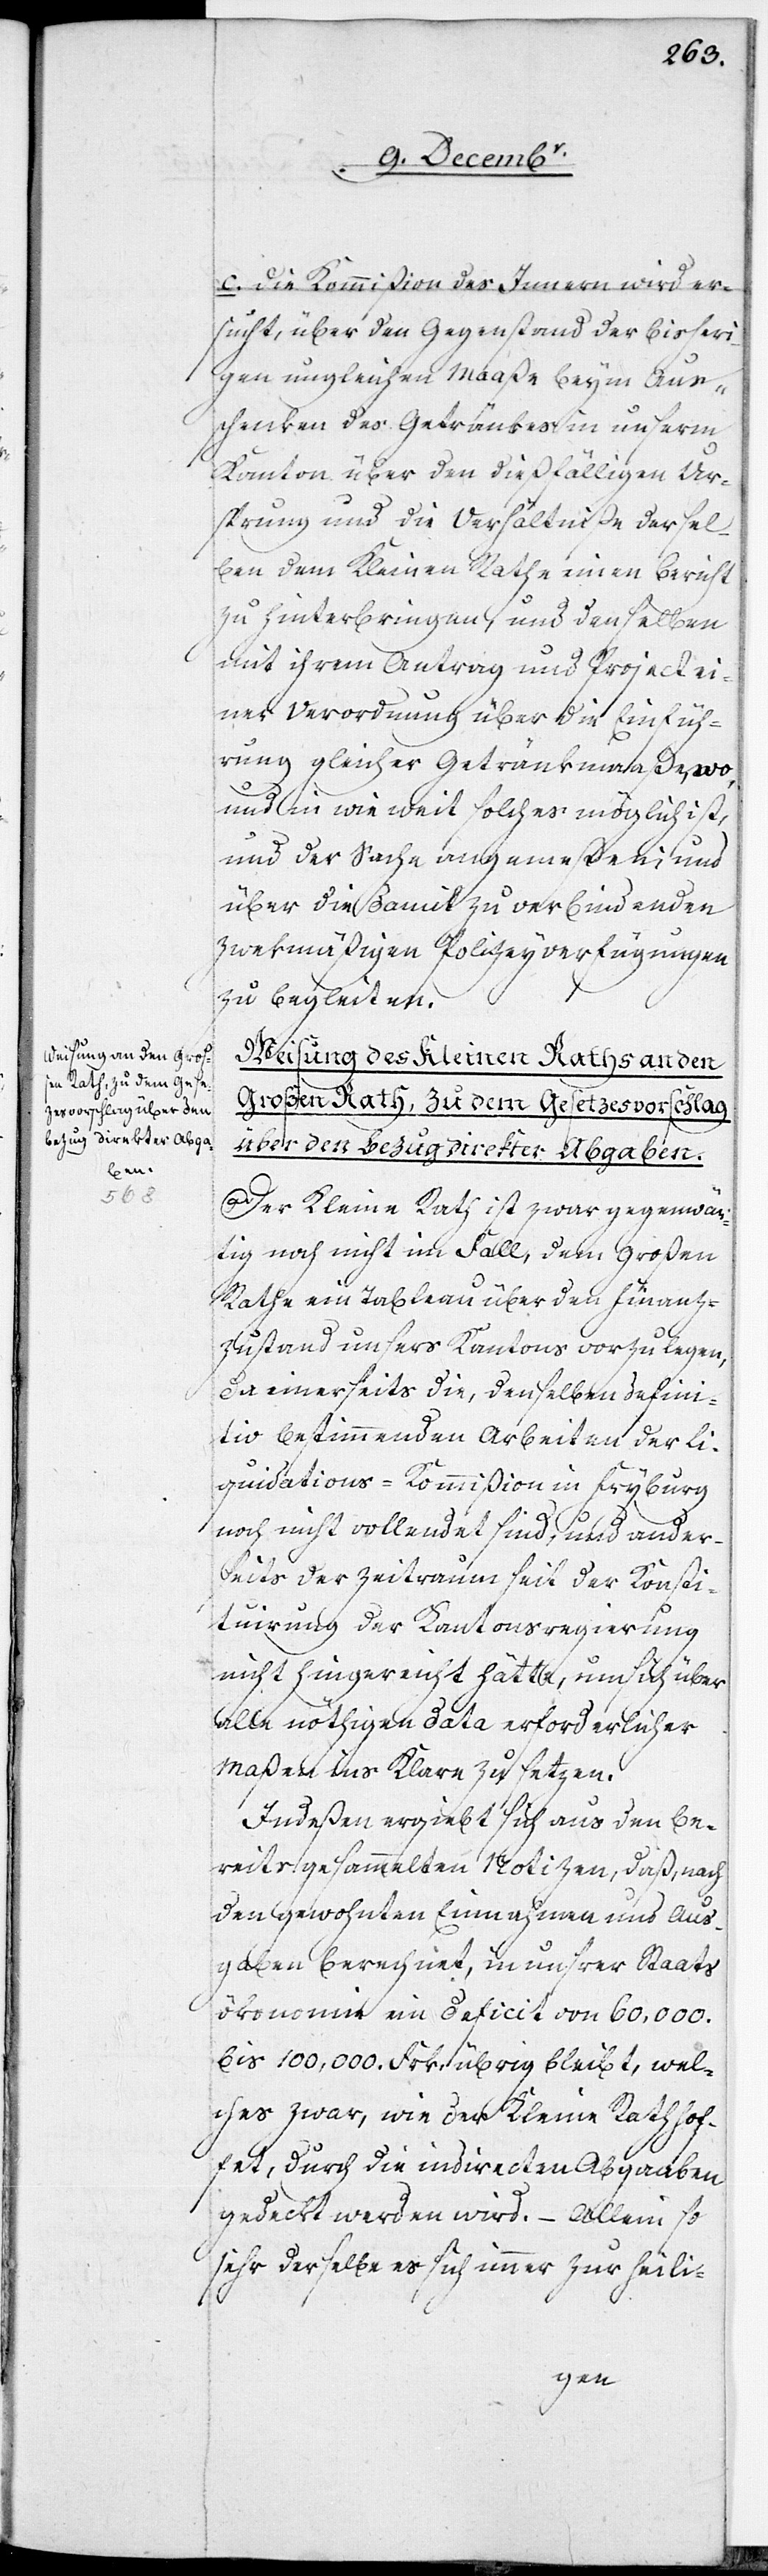
ßen Rath, zu dem Geset¬
zesvorschlag über den
Bezug direkter Abga¬
ben.

c. Die Kommißion des Innern wird er¬
sucht, über den Gegenstand der bisheri¬
gen ungleichen Maaße beym Aus¬
schenken des Getränkes in unserm
Kanton über den dießfälligen Ur¬
sprung und die Verhältniße dersel¬
ben dem Kleinen Rathe einen Bericht
zu hinterbringen, und denselben
mit ihrem Antrag und Project ei¬
ner Verordnung über die Einfüh¬
rung gleicher Gentränkmaaße, wo,
und in wie weit solches möglich ist,
und der Sache angemeßen; und
über die damit zu verbindenden
zwekmäßigen Polizeyverfügungen
zu begleiten.
Weisung des Kleinen Raths an den
Der Kleine Rath ist zwar gegenwär¬
tig noch nicht im Fall, dem Großen
Rathe ein Tableau über den Finanz-Z¬
ustand unsers Kantons vorzulegen,
da einerseits die, denselben defini¬
tiv bestimmenden Arbeiten der Li¬
quidations-Kommißion in Fryburg
noch nicht vollendet sind, und ander¬
seits der Zeitraum seit der Konsti¬
tuirung der Kantonsregierung
nicht hingereicht hätte, um sich über
alle nöthigen Data erforderlicher
Maßen ins Klare zu setzen.
Indeßen ergiebt sich aus den be¬
reits gesammelten Notizen, daß, nach
den gewohnten Einnahmen und Aus¬
gaben berechnet, in unsrer Staats¬
ökonomie ein Deficit von 60,000.
bis 100,000. Frk. übrig bleibt, wel¬
ches zwar, wie der Kleine Rath hof¬
fet, durch die indirecten Abgaaben
gedeckt werden wird. – Allein so
sehr derselbe es sich immer zur heili-
Gro¬